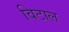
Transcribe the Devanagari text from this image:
विटाल